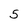
Character: 5